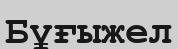
Бұғыжел